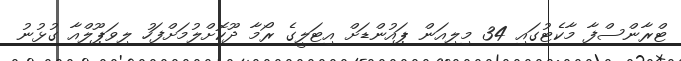
ޓްރާންސްފާ މާކެޓުގައި 34 މިލިއަން ޕައުންޑަށް އިޓަލީގެ ރޯމާ ދޫކޮށްލުމަށްފަހު ލިވަޕޫލްއާ ގުޅުނު